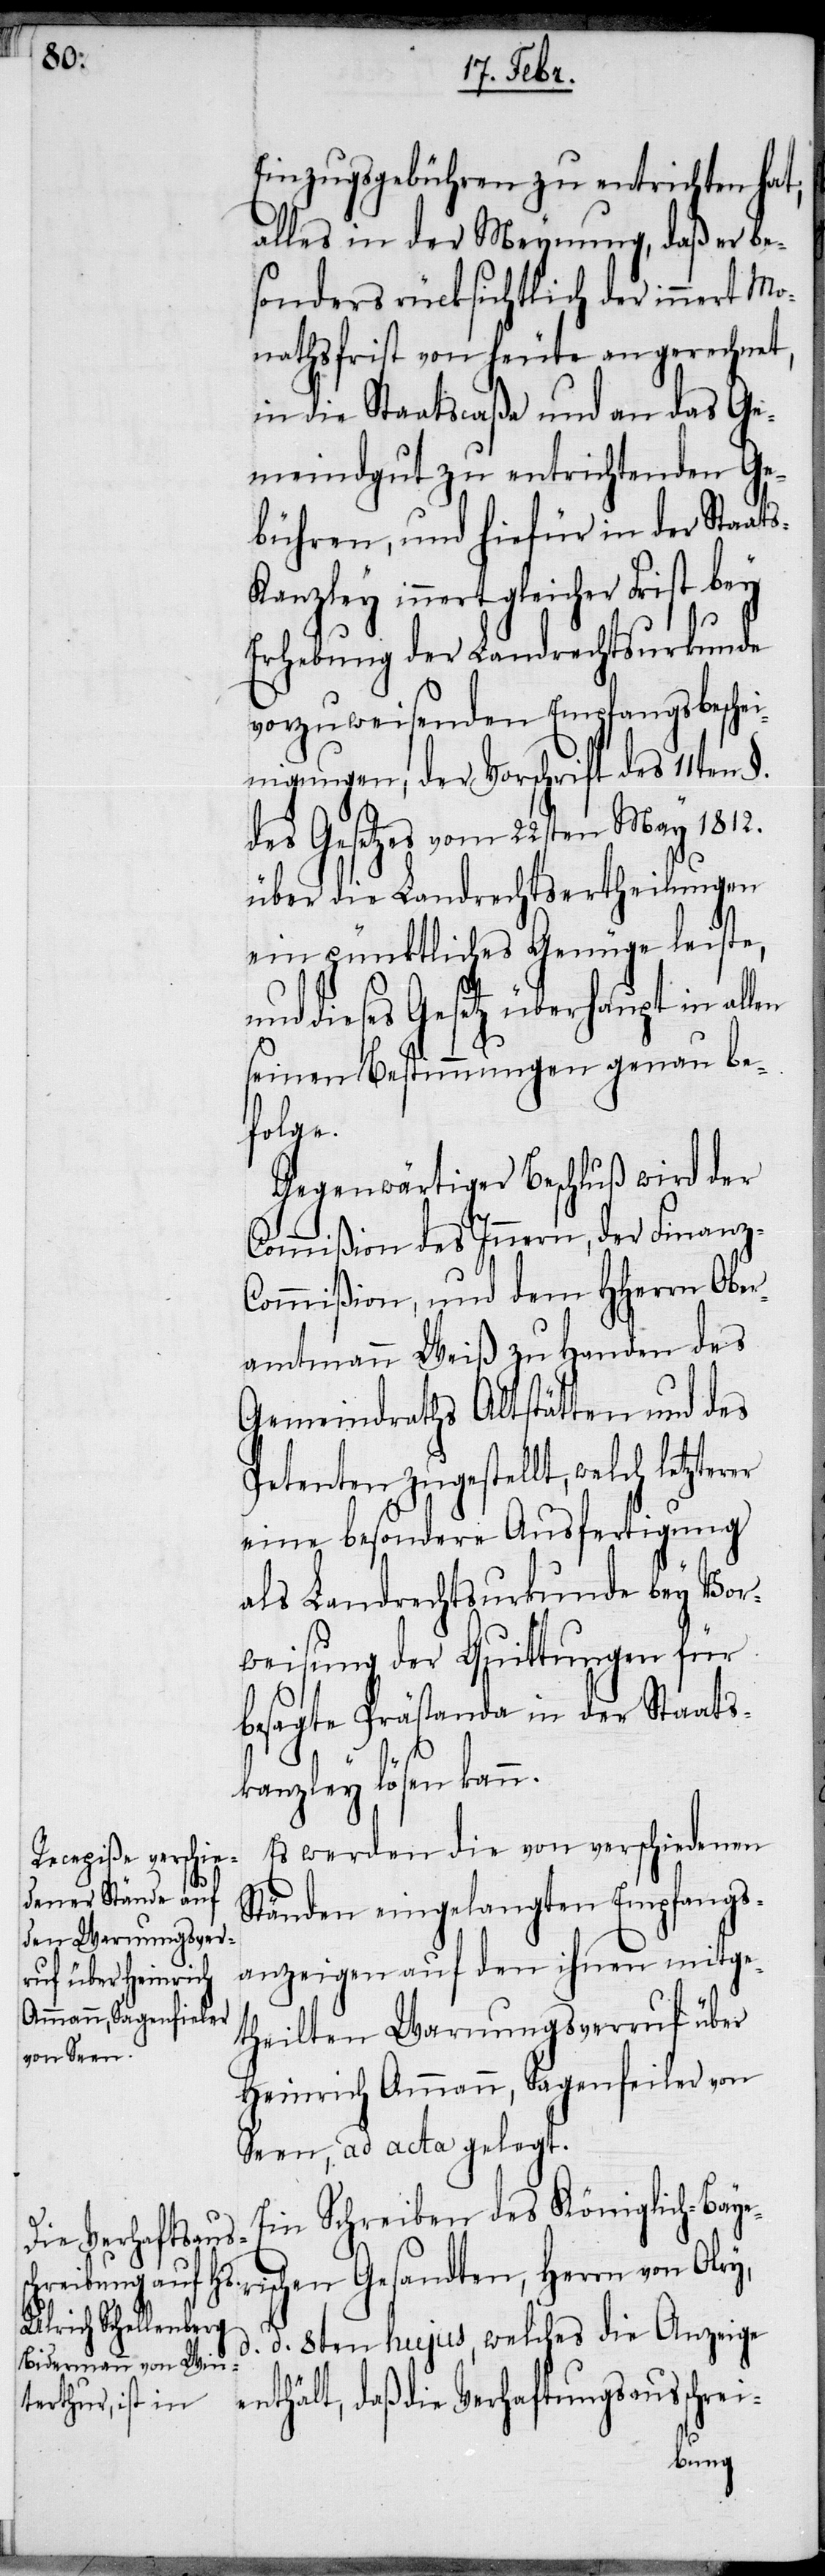
ri¬

Einzugsgebühren zu entrichten hat;
alles in der Meynung, daß er be¬
sonders rücksichtlich der innert Mo¬
nathsfrist von heute an gerechnet,
in die Staatscaßa und an das Ge¬
meindgut zu entrichtenden Ge¬
bühren, und hiefür in der Staat¬
s-Kanzley innert gleicher Frist bey
Erhebung der Landrechtsurkunde
vorzuweisenden Empfangsbeschei¬
nigungen, der Vorschrift des 11ten
des Gesetzes vom 22sten May 1812.
über die Landrechtsertheilungen
ein pünktliches Genüge leiste,
und dieses Gesetz überhaupt in al¬
seinen Bestimmungen genau be¬
tzterer
Gegenwärtiger Beschluß wird der
Commißion des Innern, der Finanz-C¬
ommißion, und dem HHerrn Ober¬
amtmann Weiß zu Handen des
Gemeindraths Altstätten und des
Petenten zugestellt, welch le¬
eine besondere Ausfertigung
als Landrechtsurkunde bey Vor¬
weisung der Quittungen für
besagte Prästanda in der Staats¬
kanzley lösen kann.
Es werden die von verschiedenen
Ständen eingelangten Empfangs¬
anzeigen auf den ihnen mitge¬
theilten Warnungsverruf über
Heinrich Ammann, Sagenfeiler von
Seen, ad acta gelegt.
Ein Schreiben des Königlich-Baye¬
schen Gesandten, Herrn von Olry,
d. d. 8ten hujus, welches die Anzeige
enthält, daß die Verhaftungsausschrei-